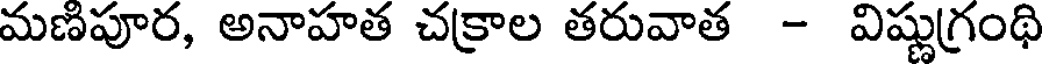
మణిపూర, అనాహత చక్రాల తరువాత - విష్ణుగ్రంథి